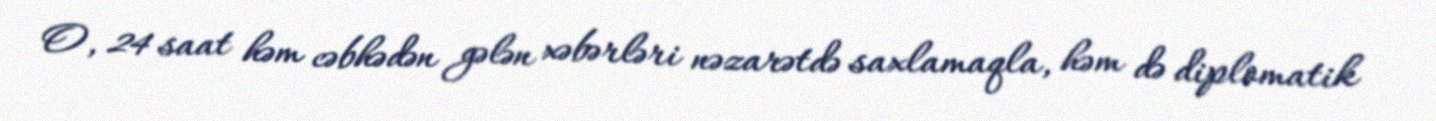
O, 24 saat həm cəbhədən gələn xəbərləri nəzarətdə saxlamaqla, həm də diplomatik